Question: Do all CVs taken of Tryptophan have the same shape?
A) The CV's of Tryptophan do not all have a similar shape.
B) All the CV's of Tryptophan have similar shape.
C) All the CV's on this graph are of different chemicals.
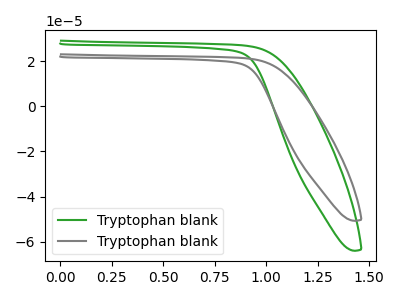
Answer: <think>The green curve "Tryptophan blank1" has no peaks. The gray curve "Tryptophan blank2" has no peaks.
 Neither "Tryptophan blank1" or "Tryptophan blank2" have any peaks.</think>
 <answer>B) All the CV's of "Tryptophan" have similar shape.</answer>
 <eval>B</eval>